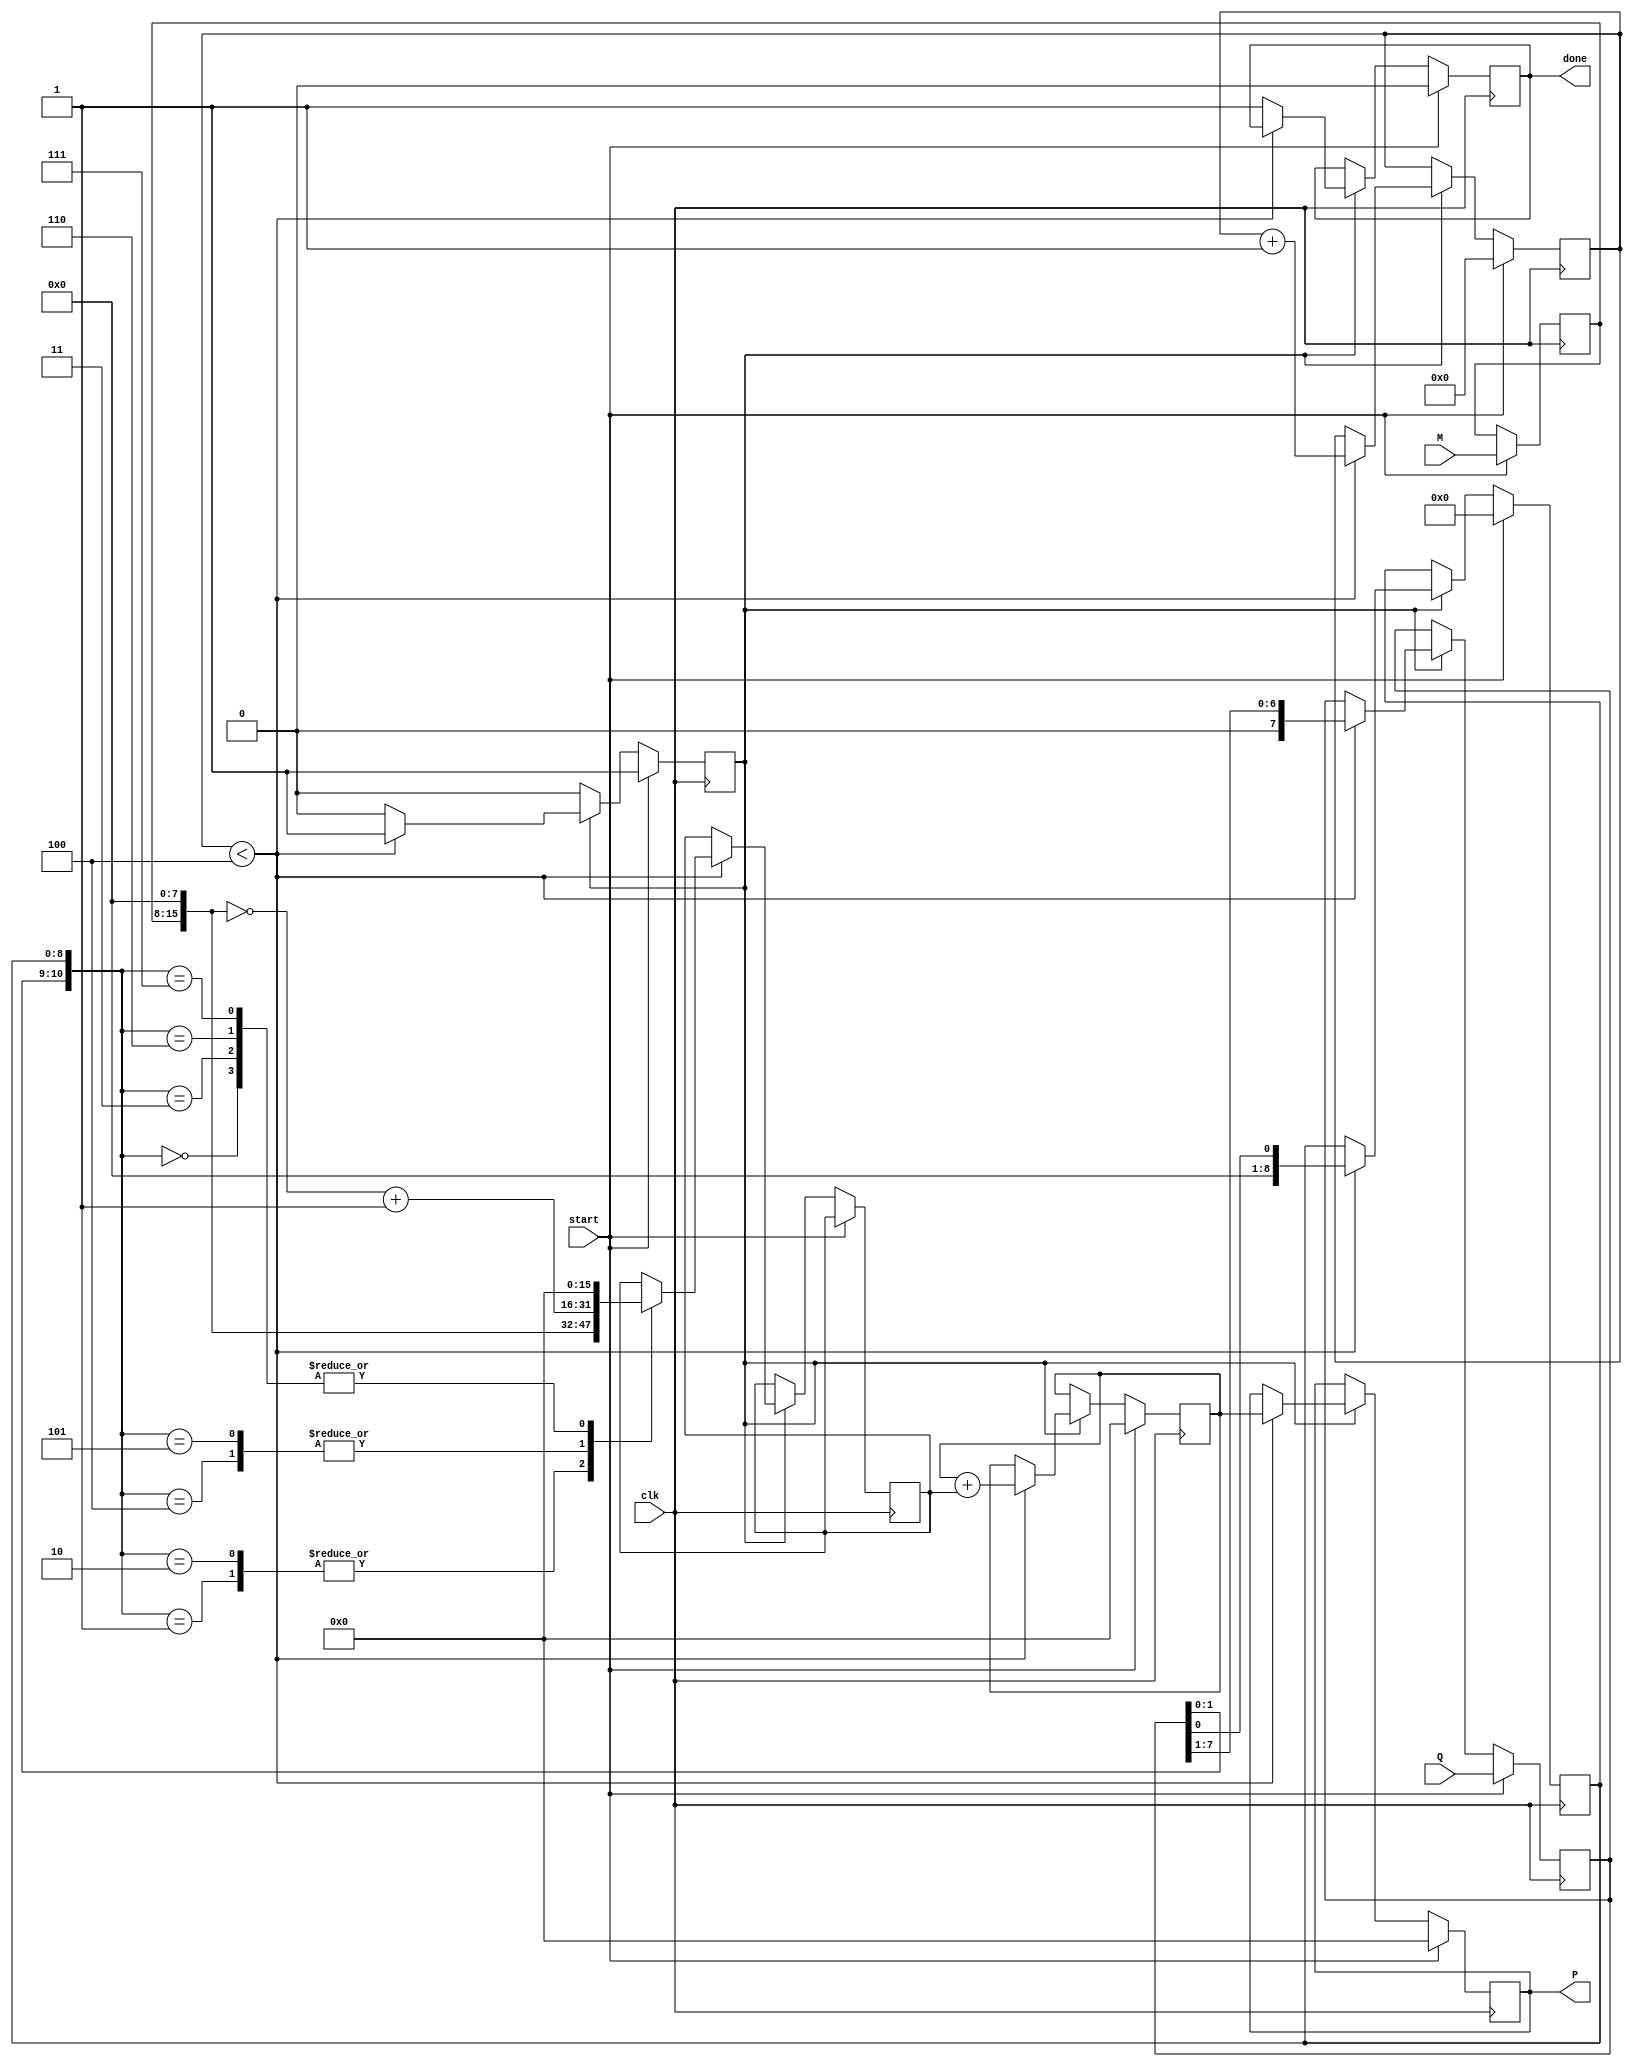
module radix4_multiplier #(
    parameter N = 8  // Width of the multiplicand and multiplier
)(
    input wire [N-1:0] M,     // Multiplicand
    input wire [N-1:0] Q,     // Multiplier
    input wire clk,           // Clock signal
    input wire start,         // Start signal
    output reg [2*N-1:0] P,   // Output product
    output reg done           // Done signal
);

    reg [N-1:0] Q_reg;        // Register for multiplier
    reg [N-1:0] M_reg;        // Register for multiplicand
    reg [N:0] Q_minus_1;      // Register for Qi-1
    reg [2*N-1:0] PP;         // Partial product
    reg [2*N-1:0] A;          // Accumulator
    reg [3:0] count;          // Count cycles
    reg state;                // State variable

    localparam IDLE = 1'b0;
    localparam RUN = 1'b1;

    always @(posedge clk) begin
        if (start) begin
            // Initialize registers
            Q_reg <= Q;
            M_reg <= M;
            Q_minus_1 <= 1'b0; // Qi-1 initialized to 0
            A <= 0;
            P <= 0;
            count <= 0;
            done <= 0;
            state <= RUN;
        end else if (state == RUN) begin
            if (count < (N + 1) / 2) begin
                // Booth's encoding
                case ({Q_reg[1:0], Q_minus_1})
                    3'b000: begin
                        // Do nothing
                        PP <= 0;
                    end
                    3'b001: begin
                        // Generate M
                        PP <= {M_reg, {N{1'b0}}}; // Shift M to align
                    end
                    3'b010: begin
                        // Generate M
                        PP <= {M_reg, {N{1'b0}}}; // Shift M to align
                    end
                    3'b011: begin
                        // Do nothing
                        PP <= 0;
                    end
                    3'b100: begin
                        // Generate -M
                        PP <= ~{M_reg, {N{1'b0}}} + 1; // Shift -M to align
                    end
                    3'b101: begin
                        // Generate -M
                        PP <= ~{M_reg, {N{1'b0}}} + 1; // Shift -M to align
                    end
                    3'b110: begin
                        // Do nothing
                        PP <= 0;
                    end
                    3'b111: begin
                        // Do nothing
                        PP <= 0;
                    end
                endcase
                
                // Accumulate the partial product
                A <= A + PP;

                // Shift the multiplier and update Qi-1
                Q_minus_1 <= Q_reg[0];
                Q_reg <= {1'b0, Q_reg[N-1:1]}; // Shift Q right
                count <= count + 1; // Increment count
                P <= A; // Update product
            end else begin
                // Finished processing
                done <= 1;
                state <= IDLE; // Go back to IDLE state
            end
        end
    end

endmodule